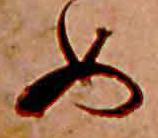
め